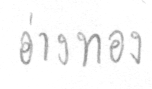
อ่างทอง